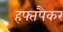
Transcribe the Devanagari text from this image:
हफ्तपैकर